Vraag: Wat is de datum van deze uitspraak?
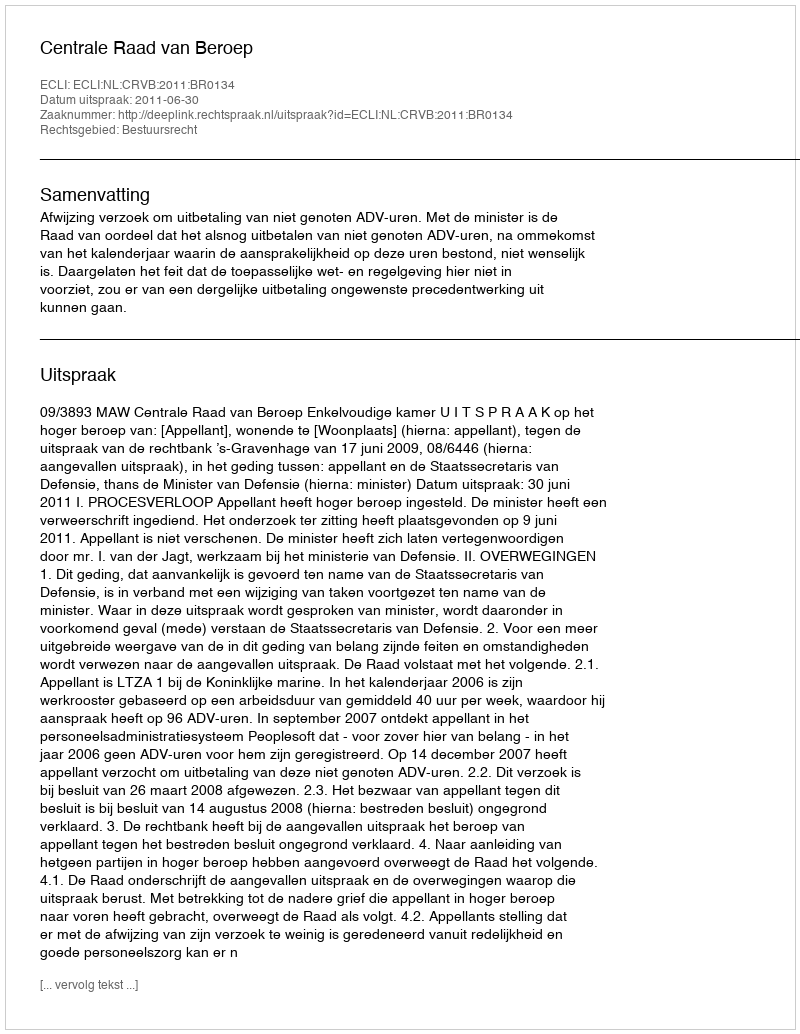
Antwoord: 2011-06-30